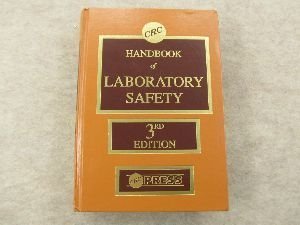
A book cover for CRC Handbook of Laboratory Safety, 3rd Edition; A. Keith Furr; Science & Math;